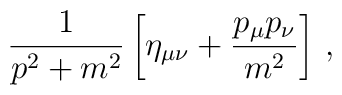
\frac{1}{p^2+m^2}\left[\eta_{\mu\nu}+\frac{p_\mu p_\nu}{m^2}\right]\, ,